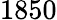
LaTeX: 1850